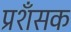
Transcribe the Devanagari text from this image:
प्रशँसक